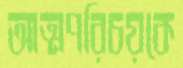
আত্মপরিচয়কে